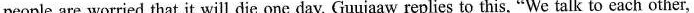
people are worried that it will die one day. Guujaaw replies to this, "We talk to each other,